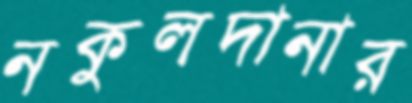
নকুলদানার